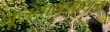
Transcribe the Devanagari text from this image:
मूलवाक्यायन